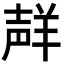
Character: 𮊩